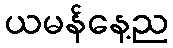
ယမန်နေ့ည